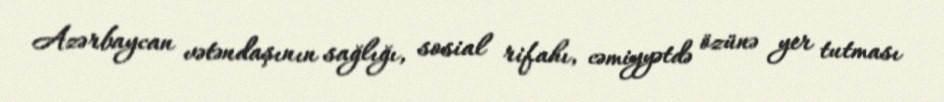
Azərbaycan vətəndaşının sağlığı, sosial rifahı, cəmiyyətdə özünə yer tutması